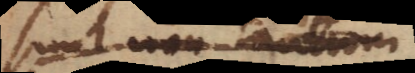
sunt non tantum,